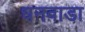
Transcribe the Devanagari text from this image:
धनवाडा